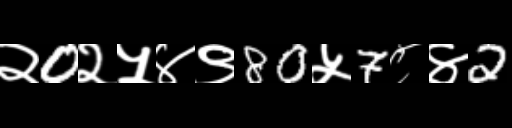
Text: २0२५४९80५7८४2